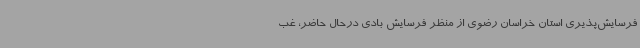
فرسایش‌پذیری استان خراسان رضوی از منظر فرسایش بادی درحال حاضر، غب